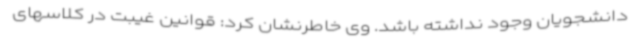
دانشجویان وجود نداشته باشد. وی خاطرنشان کرد: قوانین غیبت در کلاسهای